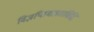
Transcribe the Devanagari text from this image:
विज्ञप्तिमात्रतासिद्धि